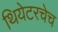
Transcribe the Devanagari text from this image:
थियेटरचेच